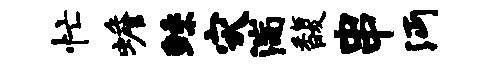
忙蟾鲧灾湍馥串沔